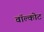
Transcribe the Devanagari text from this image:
वॉल्कोट